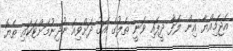
އެޖަމިއްޔާ އިން ލަފާ ދީފައި ވަނީ ތެލުގެ އަގު ދަށްވިއަ ނުދިނުމަށްޓަކައި ތެޔޮ